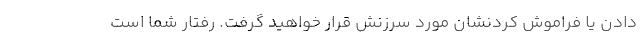
دادن یا فراموش کردنشان مورد سرزنش قرار خواهید گرفت. رفتار شما است